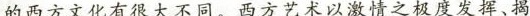
的西方文化有很大不同。西卫艺术以激情之极度发挥、揭